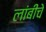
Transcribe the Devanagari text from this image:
लांबींचे